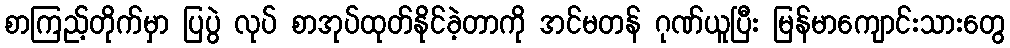
စာကြည့်တိုက်မှာ ပြပွဲ လုပ် စာအုပ်ထုတ်နိုင်ခဲ့တာကို အင်မတန် ဂုဏ်ယူပြီး မြန်မာကျောင်းသားတွေ